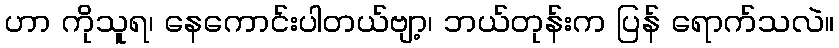
ဟာ ကိုသူရ၊ နေကောင်းပါတယ်ဗျာ့၊ ဘယ်တုန်းက ပြန် ရောက်သလဲ။